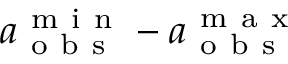
a _ { \mathrm { ~ o ~ b ~ s ~ } } ^ { \mathrm { ~ m ~ i ~ n ~ } } - a _ { \mathrm { ~ o ~ b ~ s ~ } } ^ { \mathrm { ~ m ~ a ~ x ~ } }